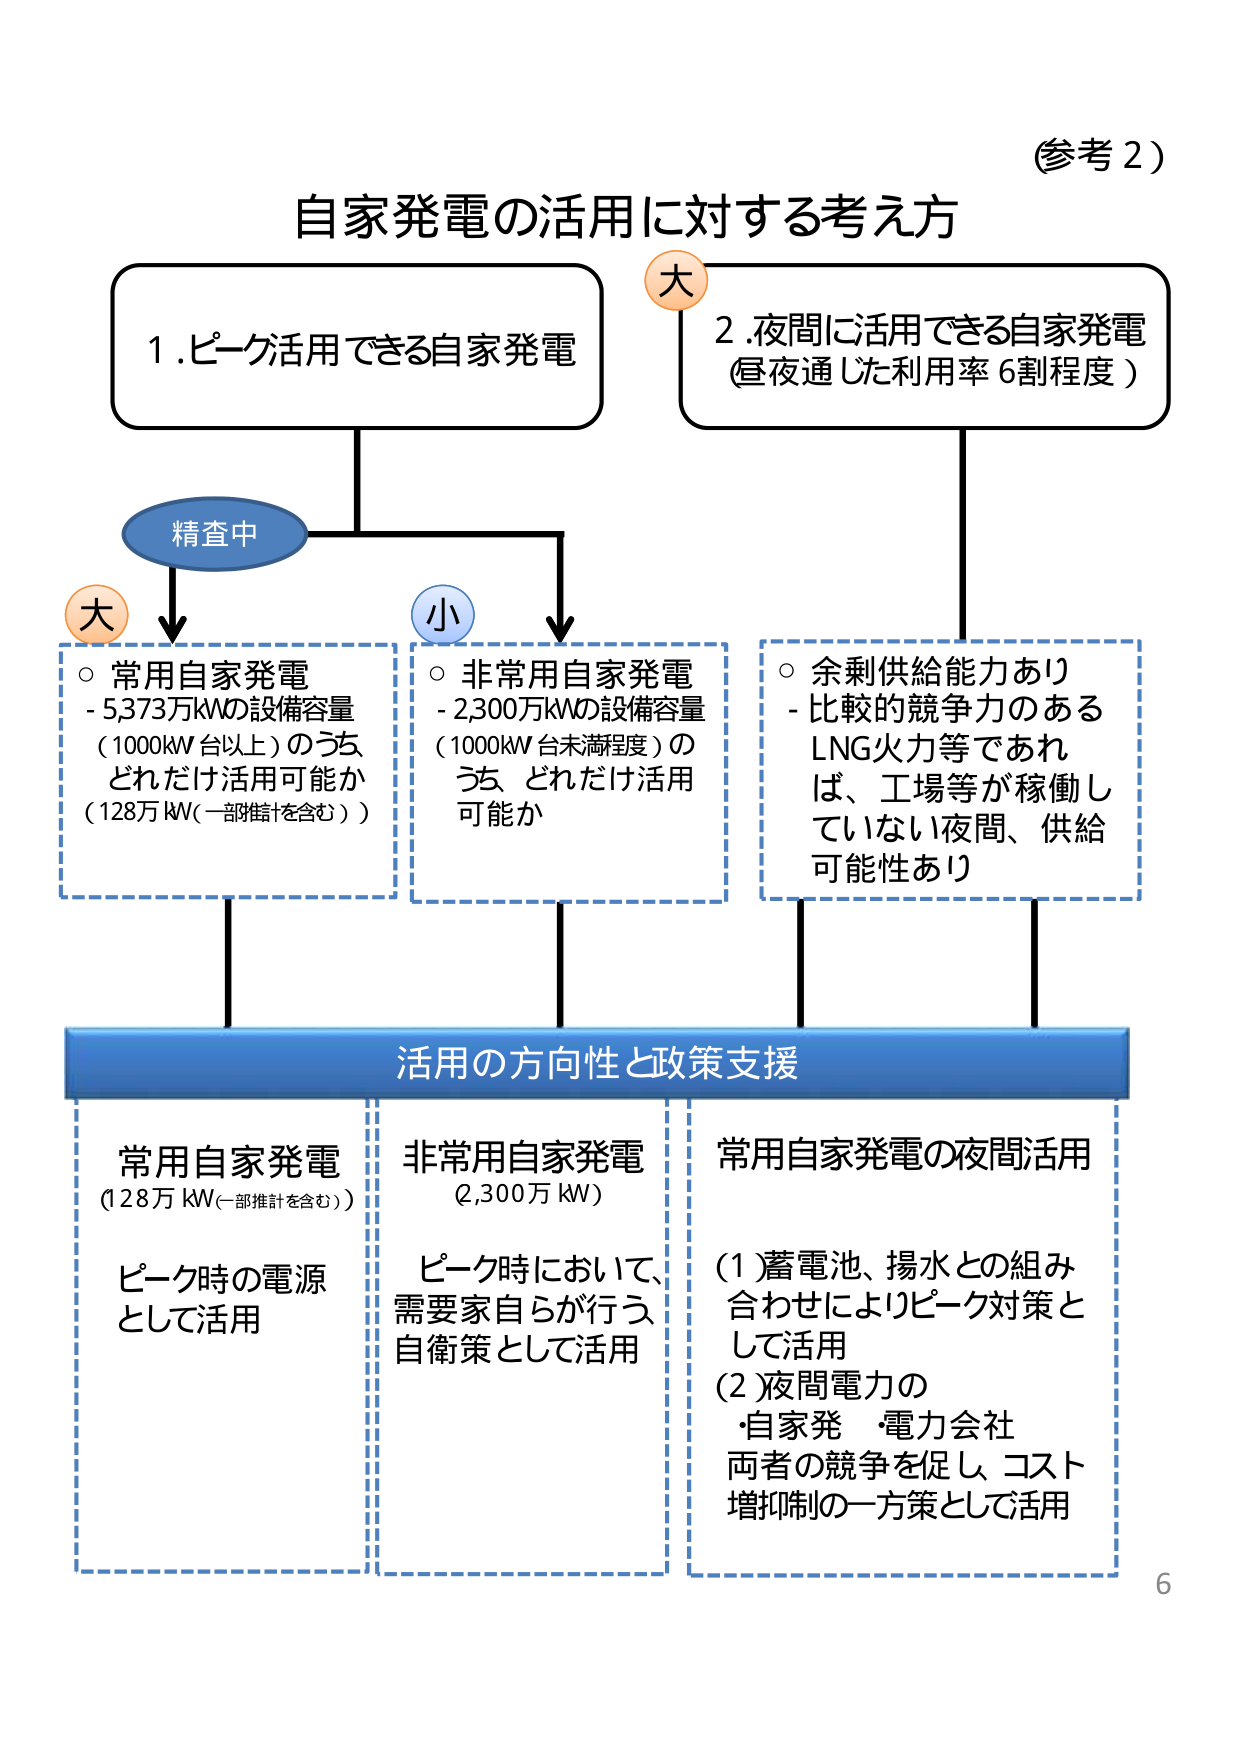
(参考2)

自家発電の活用に対する考え方

1. ピーク活用できる自家発電

2. 夜間に活用できる自家発電
(昼夜通した利用率6割程度)

精査中

大
○ 常用自家発電
- 5,373万kWの設備容量
(1000kW台以上)のうち、
どれだけ活用可能か
(128万kW(一部推計を含む))

小
○ 非常用自家発電
- 2,300万kWの設備容量
(1000kW台未満程度)の
うち、どれだけ活用
可能か

○ 余剰供給能力あり
- 比較的競争力のある
LNG火力等であれば、
工場等が稼働し
ていない夜間、供給
可能性あり

活用の方向性と政策支援

常用自家発電
(128万kW(一部推計を含む))
ピーク時の電源
として活用

非常用自家発電
(2,300万kW)
ピーク時において、
需要家自らが行う
自衛策として活用

常用自家発電の夜間活用
(1) 蓄電池、揚水との組み
合わせによりピーク対策と
して活用
(2) 夜間電力の
・自家発 ・電力会社
両者の競争を促し、コスト
増抑制の一方法として活用

6